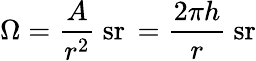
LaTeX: \Omega={\frac{A}{r^{2}}}\ {\mathrm{sr}}\, ={\frac{2\pi h}{r}}\ {\mathrm{sr}}